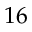
1 6